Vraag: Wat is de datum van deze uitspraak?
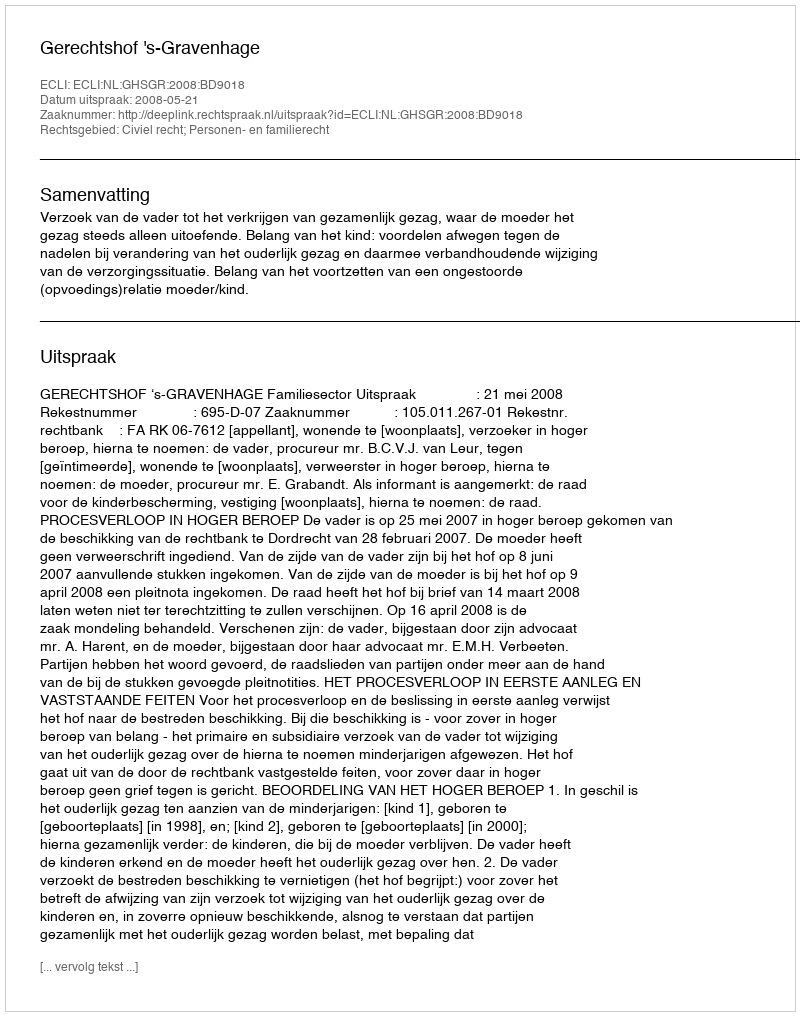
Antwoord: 2008-05-21